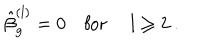
\hat { \beta } _ { g } ^ { ( l ) } = 0 \quad \mathrm { f o r ~ } \quad l \geq 2 \ .